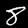
Label: 8